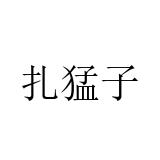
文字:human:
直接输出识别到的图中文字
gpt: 扎猛子